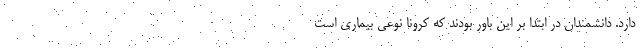
دارد. دانشمندان در ابتدا بر این باور بودند که کرونا نوعی بیماری است